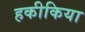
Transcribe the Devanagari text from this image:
हकीकिया